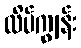
လိပ်ကျွန်း